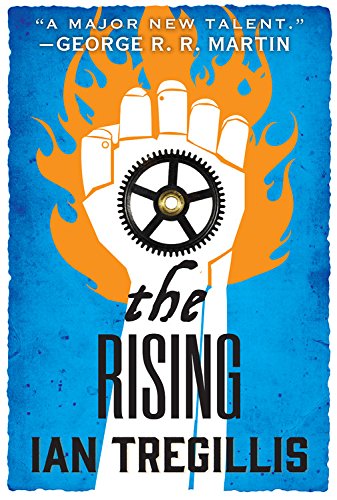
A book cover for The Rising (The Alchemy Wars); Ian Tregillis; Science Fiction & Fantasy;